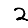
Digit: 2